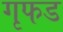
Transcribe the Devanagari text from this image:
गृफड